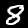
Label: 8